Report on vaccination in Madras 1904-1921 - 1904-1921
Year: 1904
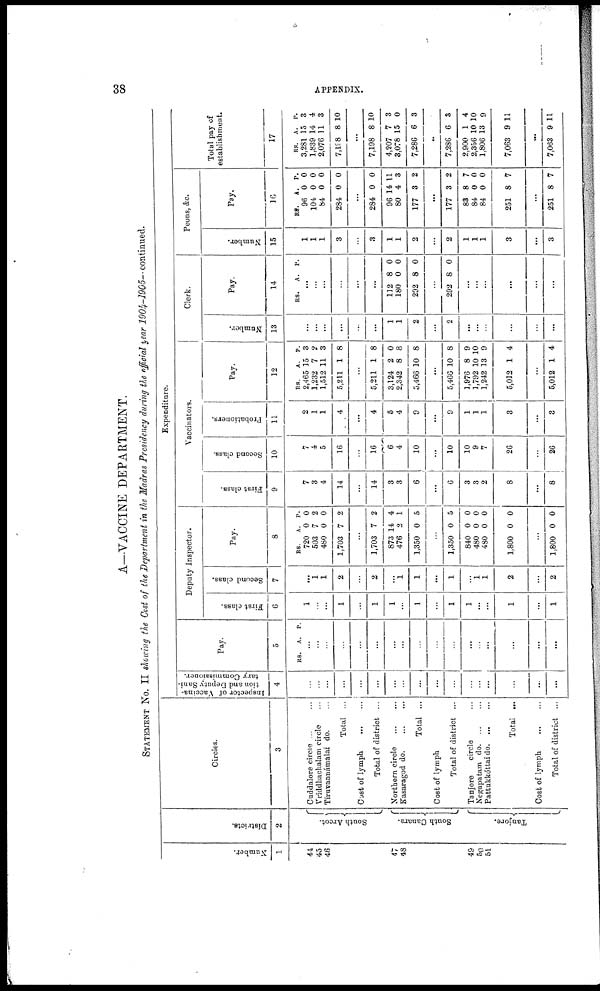
38
APPENDIX.
A—VACCINE DEPARTMENT.
STATEMENT
No. II showing the Cost of the Department in the Madras Presidency during the official year 1904-1905— continued.
Number.
1
44
45
46
47
48
49
50
51
Districts.
2
South Arcot.
South Canara.
Tanjore.
Circles.
3
Cuddalore circle... ...
Vriddhachalam circle...
Tiruvannámalai do. ...
Total ...
Cost of
lymph...
...
Total of district ...
Northern
circle...
...
Kasaragod d
o
. ...
Total ...
Cost of lymph
Total of district ...
Tanjore circle...
Negapatam do. ... ...
Pattukkóttai d
o
. ... ...
Total ...
Cost of lymph
Total of district ...
Expenditure.
Inspector of Vaccina-
tion and Deputy Sani-
tary Commissioner.
4
...
...
...
...
...
...
...
...
...
...
...
...
...
...
...
...
...
Pay.
5
RS. A. P.
...
...
...
...
...
...
...
...
...
...
...
...
...
...
...
...
...
Deputy Inspector.
First class.
6
l
...
...
1
...
1
1
...
1
...
1
1
...
...
1
...
1
Second class.
7
...
1
1
2
...
2
...
1
1
...
1
...
1 1
2
...
2
Pay.
8
RS.
720
503
480
1,703
A.
0
7
0
7
P.
0
2
0
2
...
1,703
873
476
1,350
7
14
2
0
2
4
1
5
...
1,350
840
480
480
1,800
0
0
0
0
0
5
0
0
0
0
...
1,800 0 0
Vaccinators.
First class.
9
7
3
4
14
...
14
3
3
6
...
6
3
3
2
8
...
8
Second class.
10
7
4
5
16
...
16
6
4
10
...
10
10
9
7
26
...
26
Probationers.
11
2
1
1
4
...
4
5
4
9
...
9
1
1
1
3
...
3
Pay.
12
RS.
2,465
1,232
1,512
5,211
A.
15
7
11
1
P.
3
2
3
8
...
5,211
3,124
2,342
5,466
1
2
8
10
8
0
8
8
...
5,466
1,976
1,792
1,242
5,012
10
8
10
13
1
8
9
10
9
4
...
5,012 1 4
Clerk.
Number.
13
...
...
...
...
...
...
1
1
2
...
2
...
...
...
...
...
...
Pay.
14
RS.
A. P.
...
...
...
...
...
...
112
180
292
8
0
8
0
0
0
...
292 8 0
...
...
...
...
...
. . .
Peons, &c.
Number.
15
1
1
1
3
...
3
1
1
2
...
2
1
1
1
3
...
3
Pay.
16
RS.
96
104
84
284
A.
0
0
0
0
P.
0
0
0
0
...
284
96
80
177
0
14
4
3
0
11
3
2
...
177
83
84
84
251
3
8
0
0
8
2
7
0
0
7
...
251 8 7
Total pay of
establishment.
17
RS.
3,281
1,839
2,076
7,l98
A.
15
14
11
8
P.
3
4
3
10
...
7,198
4,207
3,078
7,286
8
7
15
6
10
3
0
3
..
7,286
2,900
2,356
1,806
7,063
6
1
10
13
9
3
4
10
9
11
...
7,063 9 11